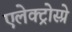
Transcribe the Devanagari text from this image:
एलेक्ट्रोस्प्रे